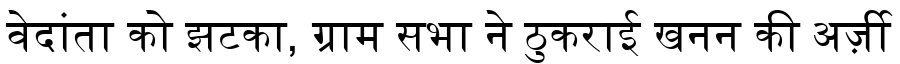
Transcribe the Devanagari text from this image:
वेदांता को झटका, ग्राम सभा ने ठुकराई खनन की अर्ज़ी